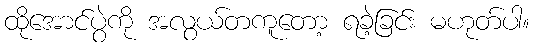
ထိုအောင်ပွဲကို အလွယ်တကူတော့ ရခဲ့ခြင်း မဟုတ်ပါ။